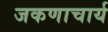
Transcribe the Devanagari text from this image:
जकणाचार्य